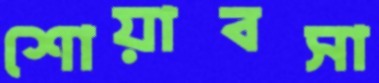
শোয়াবসা